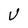
Character: V